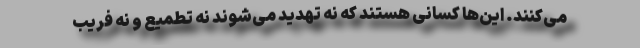
می‌کنند. این‌ها کسانی هستند که نه تهدید می‌شوند نه تطمیع و نه فریب